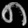
Digit: ၈